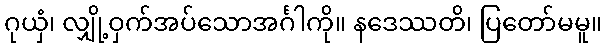
ဂုယှံ၊ လျှို့ဝှက်အပ်သောအင်္ဂါကို။ နဒေဿတိ၊ ပြတော်မမူ။